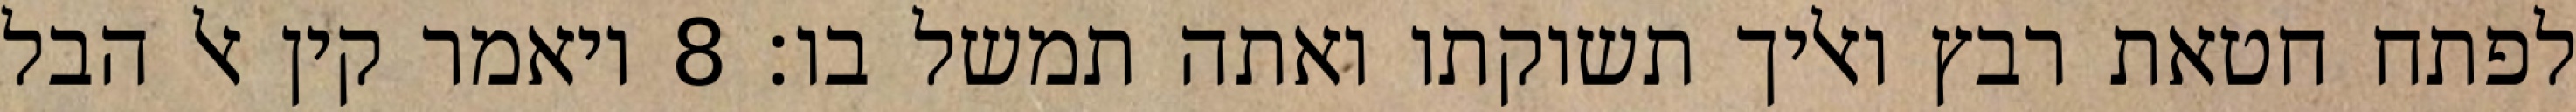
לפתח חטאת רבץ ואליך תשוקתו ואתה תמשל בו׃ ‎8‏ ויאמר קין אל הבל